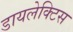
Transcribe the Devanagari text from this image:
डायलेक्टिस